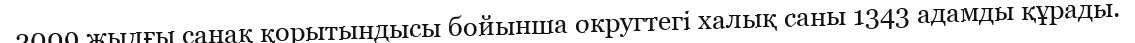
2009 жылғы санақ қорытындысы бойынша округтегі халық саны 1343 адамды құрады.